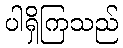
ပါရှိကြသည်